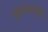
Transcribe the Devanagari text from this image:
भ्रूणशास्त्रातील